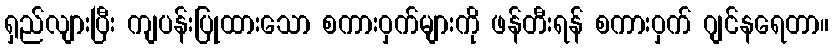
ရှည်လျားပြီး ကျပန်းပြုထားသော စကားဝှက်များကို ဖန်တီးရန် စကားဝှက် ဂျင်နရေတာ။